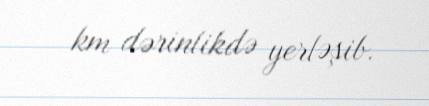
km dərinlikdə yerləşib.